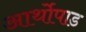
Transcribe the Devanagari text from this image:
आर्थोपाड